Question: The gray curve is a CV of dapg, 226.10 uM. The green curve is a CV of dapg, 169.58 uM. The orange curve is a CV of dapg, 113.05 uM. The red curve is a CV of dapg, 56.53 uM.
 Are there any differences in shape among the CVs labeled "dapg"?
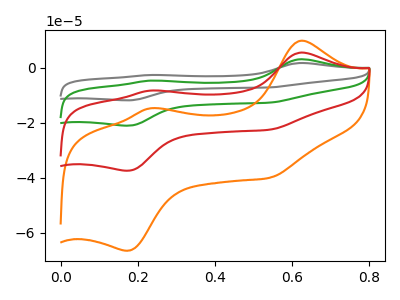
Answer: <think>The gray curve "dapg, 226.10 uM" has anodic peaks at (0.60V, 16.60uA) (0.25V, -24.90uA) and cathodic peaks at (0.20V, -112.20uA) (0.55V, -67.45uA). The green curve "dapg, 169.58 uM" has anodic peaks at (0.60V, 11.10uA) (0.25V, -16.60uA) and cathodic peaks at (0.20V, -74.80uA) (0.55V, -45.00uA). The orange curve "dapg, 113.05 uM" has anodic peaks at (0.60V, 9.85uA) (0.25V, -14.75uA) and cathodic peaks at (0.20V, -66.50uA) (0.55V, -40.00uA). The red curve "dapg, 56.53 uM" has anodic peaks at (0.60V, 5.55uA) (0.25V, -8.30uA) and cathodic peaks at (0.20V, -37.40uA) (0.55V, -22.50uA).
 All the peaks in "dapg, 226.10 uM" have a peak in "dapg, 169.58 uM" at the same potential. All the peaks in "dapg, 226.10 uM" have a peak in "dapg, 113.05 uM" at the same potential. All the peaks in "dapg, 226.10 uM" have a peak in "dapg, 56.53 uM" at the same potential. All the peaks in "dapg, 169.58 uM" have a peak in "dapg, 113.05 uM" at the same potential. All the peaks in "dapg, 169.58 uM" have a peak in "dapg, 56.53 uM" at the same potential. All the peaks in "dapg, 113.05 uM" have a peak in "dapg, 56.53 uM" at the same potential.</think>
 <answer>All the CV's of "dapg" have similar shape.</answer>
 <eval>follow_rule</eval>